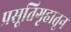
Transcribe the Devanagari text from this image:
प्रसूतिगृहातून